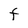
Character: F